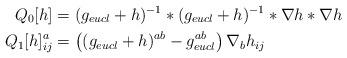
LaTeX: \begin{align*}Q_0[h] &= (g_{eucl} + h)^{-1}\ast(g_{eucl} + h)^{-1}\ast \nabla h \ast \nabla h \\Q_1[h]^a_{ij} &= \left( (g_{eucl} + h)^{ab} - g_{eucl}^{ab}\right) \nabla_b h_{ij}\end{align*}